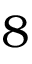
8